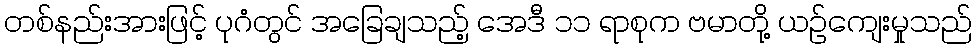
တစ်နည်းအားဖြင့် ပုဂံတွင် အခြေချသည့် အေဒီ ၁၁ ရာစုက ဗမာတို့ ယဉ်ကျေးမှုသည်